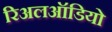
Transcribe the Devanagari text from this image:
रिअलऑडियो